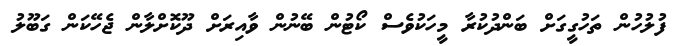
ފުލުހުން ތަހުގީގަށް ބަންދުކުރާ މީހަކުވެސް ކޯޓުން ބޭނުން ވާއިރަށް ދޫކޮށްލާން ޖެހޭކަން ގަބޫލު